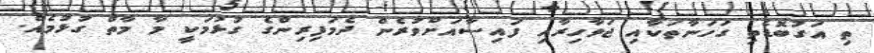
ތި އަގުބޮޑެތި ގަހަނާތަކާއި ޖަވާހިރާއި ފައިސާއަށްވުރެން ދެމަފިރިންގެ ގުޅުމަކީ މާ މާތް ގުޅުމެއް.